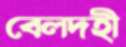
বেলদহী